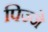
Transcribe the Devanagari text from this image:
पिज्जे